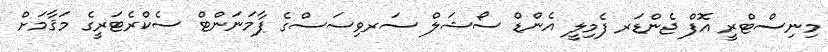
މިނިސްޓްރީ އޮފް ޖެންޑަރ ފެމިލީ އެންޑް ސޯޝަލް ސަރވިސަސްގެ ޕާމަނަންޓް ސެކްރެޓަރީގެ މަޤާމަށް